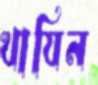
খাযিন